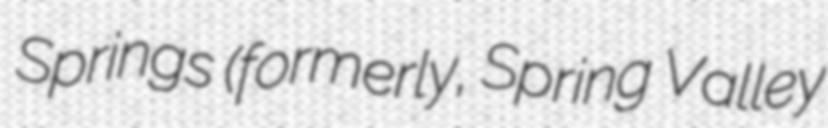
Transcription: Springs (formerly, Spring Valley